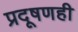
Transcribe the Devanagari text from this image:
प्रदूषणही